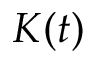
K ( t )